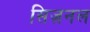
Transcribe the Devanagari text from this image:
सिज़नल